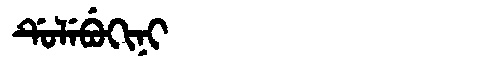
Manchu: ᡩᡠᠯᡝᠪᡠᡴᡳᠨᡳ
Romanization: DULEBUKINI